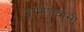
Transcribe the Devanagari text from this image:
ग्रामीणवासी